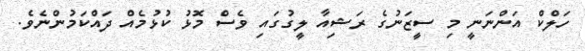
ހަލްކް އަންނަނީ މި ސީޒަނުގެ ރަޝިއާ ލީގުގައި ވެސް މޮޅު ކުޅުމެއް ދައްކަމުންނެވެ.